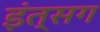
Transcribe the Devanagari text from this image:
इंत्सग